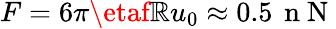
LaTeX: F=6\pi\etaf\mathbb{R}u_{0}\approx0.5\, \mathrm{{~n~N~}}